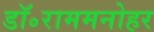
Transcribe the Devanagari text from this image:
डॉ॰राममनोहर